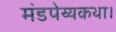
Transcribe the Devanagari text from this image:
मंडपेय्यकथा।